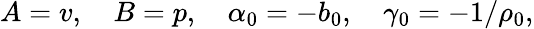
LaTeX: A=v,\quad B=p,\quad\alpha_{0}=-b_{0},\quad\gamma_{0}=-1/\rho_{0},